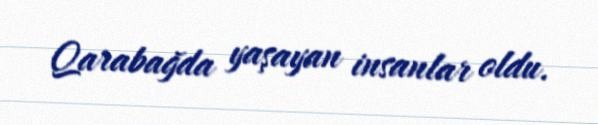
Qarabağda yaşayan insanlar oldu.